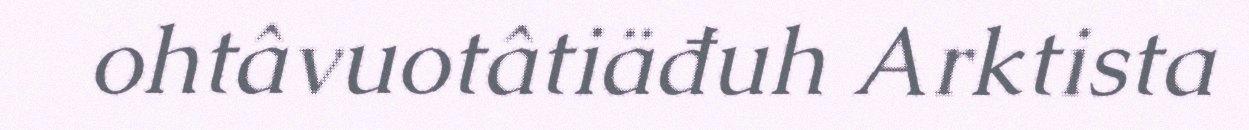
ohtâvuotâtiäđuh Arktista